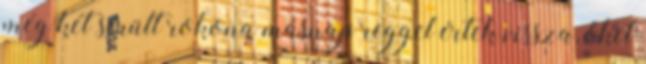
még két sérült rokona másnap reggel értek vissza, őket